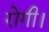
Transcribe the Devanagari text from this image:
रोगी।